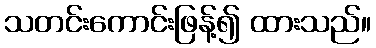
သတင်းကောင်းဖြန့်၍ ထားသည်။